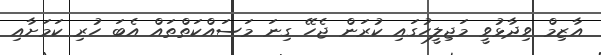
އާޒިމް ވިދާޅުވީ މަޖިލީހުގައި ކުރަން ޖެހޭ ގިނަ މަސައްކަތްތައް އެބަ ހުރި ކަމަށާއި